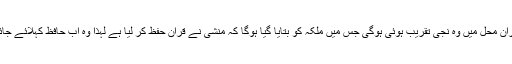
اسی دوران محل میں وہ نجی تقریب ہوئی ہوگی جس میں ملکہ کو بتایا گیا ہوگا کہ منشی نے قران حفظ کر لیا ہے لہذا وہ اب حافظ کہلائے جائیں گے۔